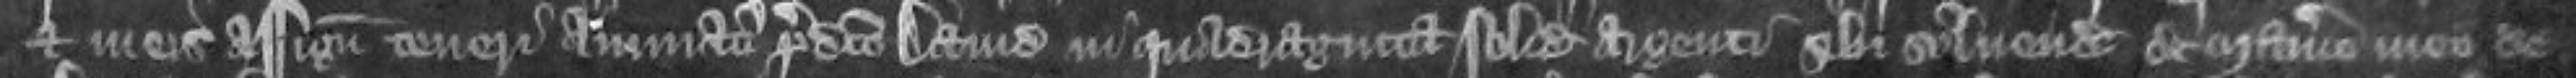
et meis assignatis teneri annuatim predicto David in quadraginta solidis argenti sibi solvendis de manerio meo de